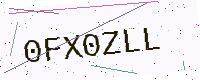
Text: 0FX0ZLL